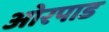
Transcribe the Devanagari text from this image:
ओरपाड